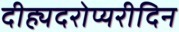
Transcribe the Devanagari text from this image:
दीह्यदरोप्यरीदिन